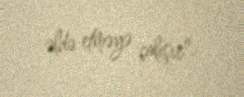
əldə etməyə çalışır".